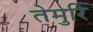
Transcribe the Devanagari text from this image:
तेमुरि